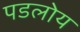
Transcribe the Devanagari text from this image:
पडलोय